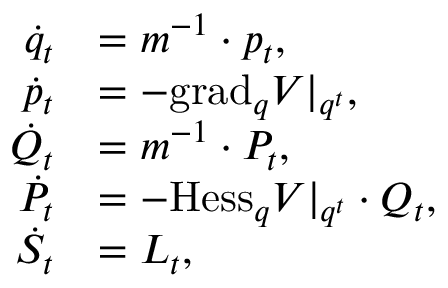
\begin{array} { r l } { \Dot { q } _ { t } } & { = m ^ { - 1 } \cdot p _ { t } , } \\ { \Dot { p } _ { t } } & { = - \mathrm { g r a d } _ { q } V | _ { q ^ { t } } , } \\ { \Dot { Q } _ { t } } & { = m ^ { - 1 } \cdot P _ { t } , } \\ { \Dot { P } _ { t } } & { = - \mathrm { H e s s } _ { q } V | _ { q ^ { t } } \cdot Q _ { t } , } \\ { \Dot { S } _ { t } } & { = L _ { t } , } \end{array}